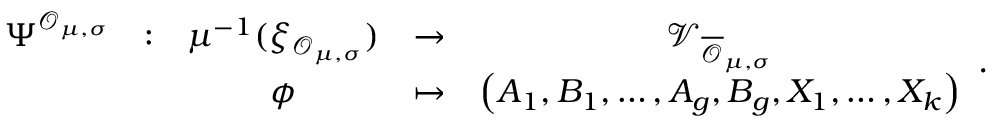
\begin{array} { c c c c c } { \Psi ^ { \mathcal { O } _ { \boldsymbol { \mu } , \boldsymbol { \sigma } } } } & { : } & { \mu ^ { - 1 } ( \xi _ { \mathcal { O } _ { \boldsymbol { \mu } , \boldsymbol { \sigma } } } ) } & { \to } & { \mathcal { V } _ { \overline { { \mathcal { O } } } _ { \boldsymbol { \mu } , \boldsymbol { \sigma } } } } \\ & & { \phi } & { \mapsto } & { \left( A _ { 1 } , B _ { 1 } , \dots , A _ { g } , B _ { g } , X _ { 1 } , \dots , X _ { k } \right) } \end{array} .